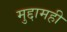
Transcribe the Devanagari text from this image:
मुद्दामही